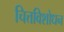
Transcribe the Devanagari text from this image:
चित्तविशोधन